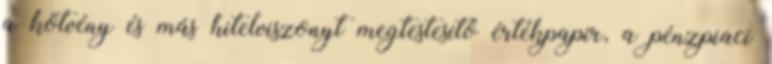
a kötvény és más hitelviszonyt megtestesítő értékpapír, a pénzpiaci